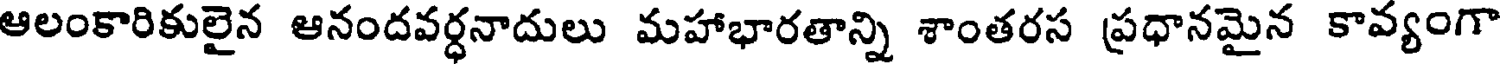
ఆలంకారికులైన ఆనందవర్ధనాదులు మహాభారతాన్ని శాంతరస ప్రధానమైన కావ్యంగా